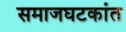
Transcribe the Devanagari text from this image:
समाजघटकांत